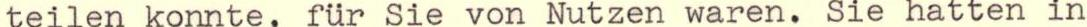
teilen konnte, für Sie von Nutzen waren. Sie hatten in